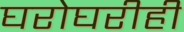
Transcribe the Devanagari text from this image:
घरोघरीही